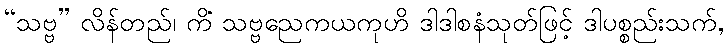
“သဗ္ဗ” လိန်တည်၊ ကိံ သဗ္ဗညေကယကုဟိ ဒါဒါစနံသုတ်ဖြင့် ဒါပစ္စည်းသက်,